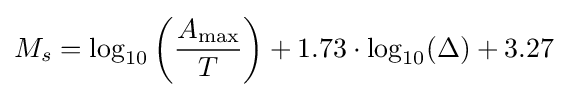
M_{s}=\log _{10}\left({\frac {A_{\text{max}}}{T}}\right)+1.73\cdot \log _{10}(\Delta )+3.27